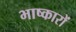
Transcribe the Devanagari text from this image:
भाष्कारों